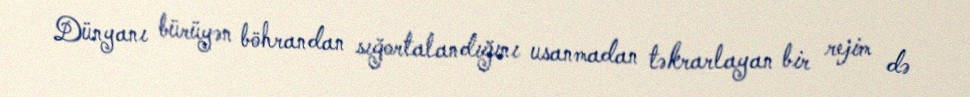
Dünyanı bürüyən böhrandan sığortalandığını usanmadan təkrarlayan bir rejim də